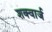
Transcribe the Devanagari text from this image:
शक्वार्ज